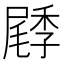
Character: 𡳜